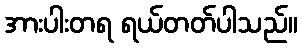
အားပါးတရ ရယ်တတ်ပါသည်။